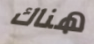
هناك